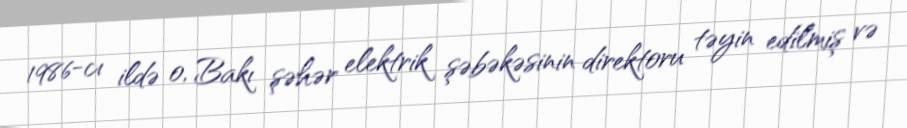
1986-cı ildə o, Bakı şəhər elektrik şəbəkəsinin direktoru təyin edilmiş və